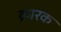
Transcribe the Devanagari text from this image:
क्रारक